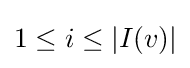
1\leq i\leq \left|I(v)\right|